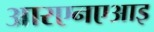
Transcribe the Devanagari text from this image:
आरएनएआइ